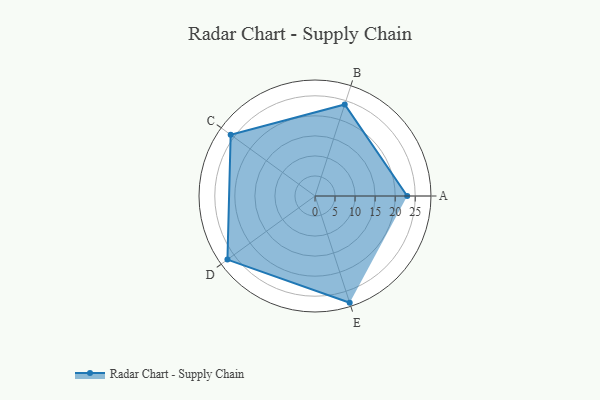
{"axis": {"x": "Skill", "y": "Score"}, "legend": ["Profile"], "data": [{"x": "A", "y": 23.0, "type": "Profile"}, {"x": "B", "y": 24.0, "type": "Profile"}, {"x": "C", "y": 26.0, "type": "Profile"}, {"x": "D", "y": 27.0, "type": "Profile"}, {"x": "E", "y": 28.0, "type": "Profile"}]}